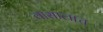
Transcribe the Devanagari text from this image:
वासालाच